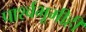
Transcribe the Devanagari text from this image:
पार्श्वभूमीही